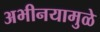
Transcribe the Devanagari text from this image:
अभीनयामुळे